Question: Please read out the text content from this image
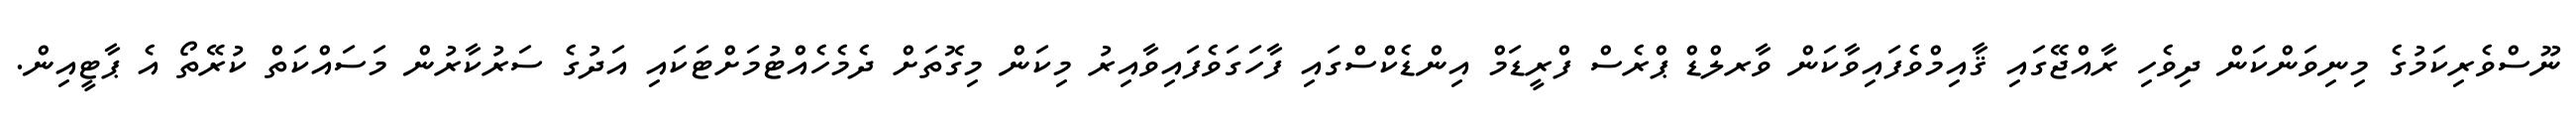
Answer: ނޫސްވެރިކަމުގެ މިނިވަންކަން ދިވެހި ރާއްޖޭގައި ޤާއިމްވެފައިވާކަން ވާރލްޑް ޕްރެސް ފްރީޑަމް އިންޑެކްސްގައި ފާހަގަވެފައިވާއިރު މިކަން މިގޮތަށް ދެމެހެއްޓުމަށްޓަކައި އަދުގެ ސަރުކާރުން މަސައްކަތް ކުރޭތޯ އެ ޕާޓީއިން.